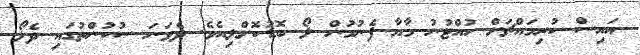
އައިސް ކުރިމައްޗަށް ހުއްޓުނު މާޔާ ފެނުމުން ލޯ ބޮޑުކޮށްލިއެވެ. ދެވަނަ ސުކުންތުގައި ދެލޯ